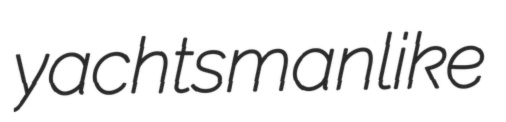
yachtsmanlike